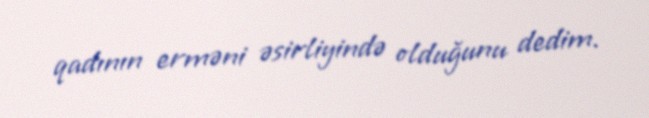
qadının erməni əsirliyində olduğunu dedim.